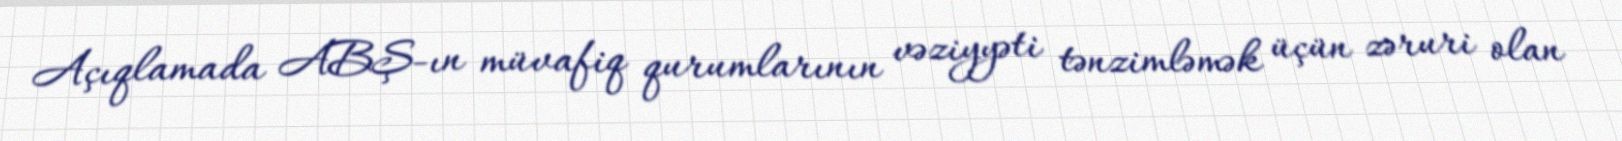
Açıqlamada ABŞ-ın müvafiq qurumlarının vəziyyəti tənzimləmək üçün zəruri olan